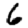
Digit: 6